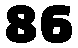
86